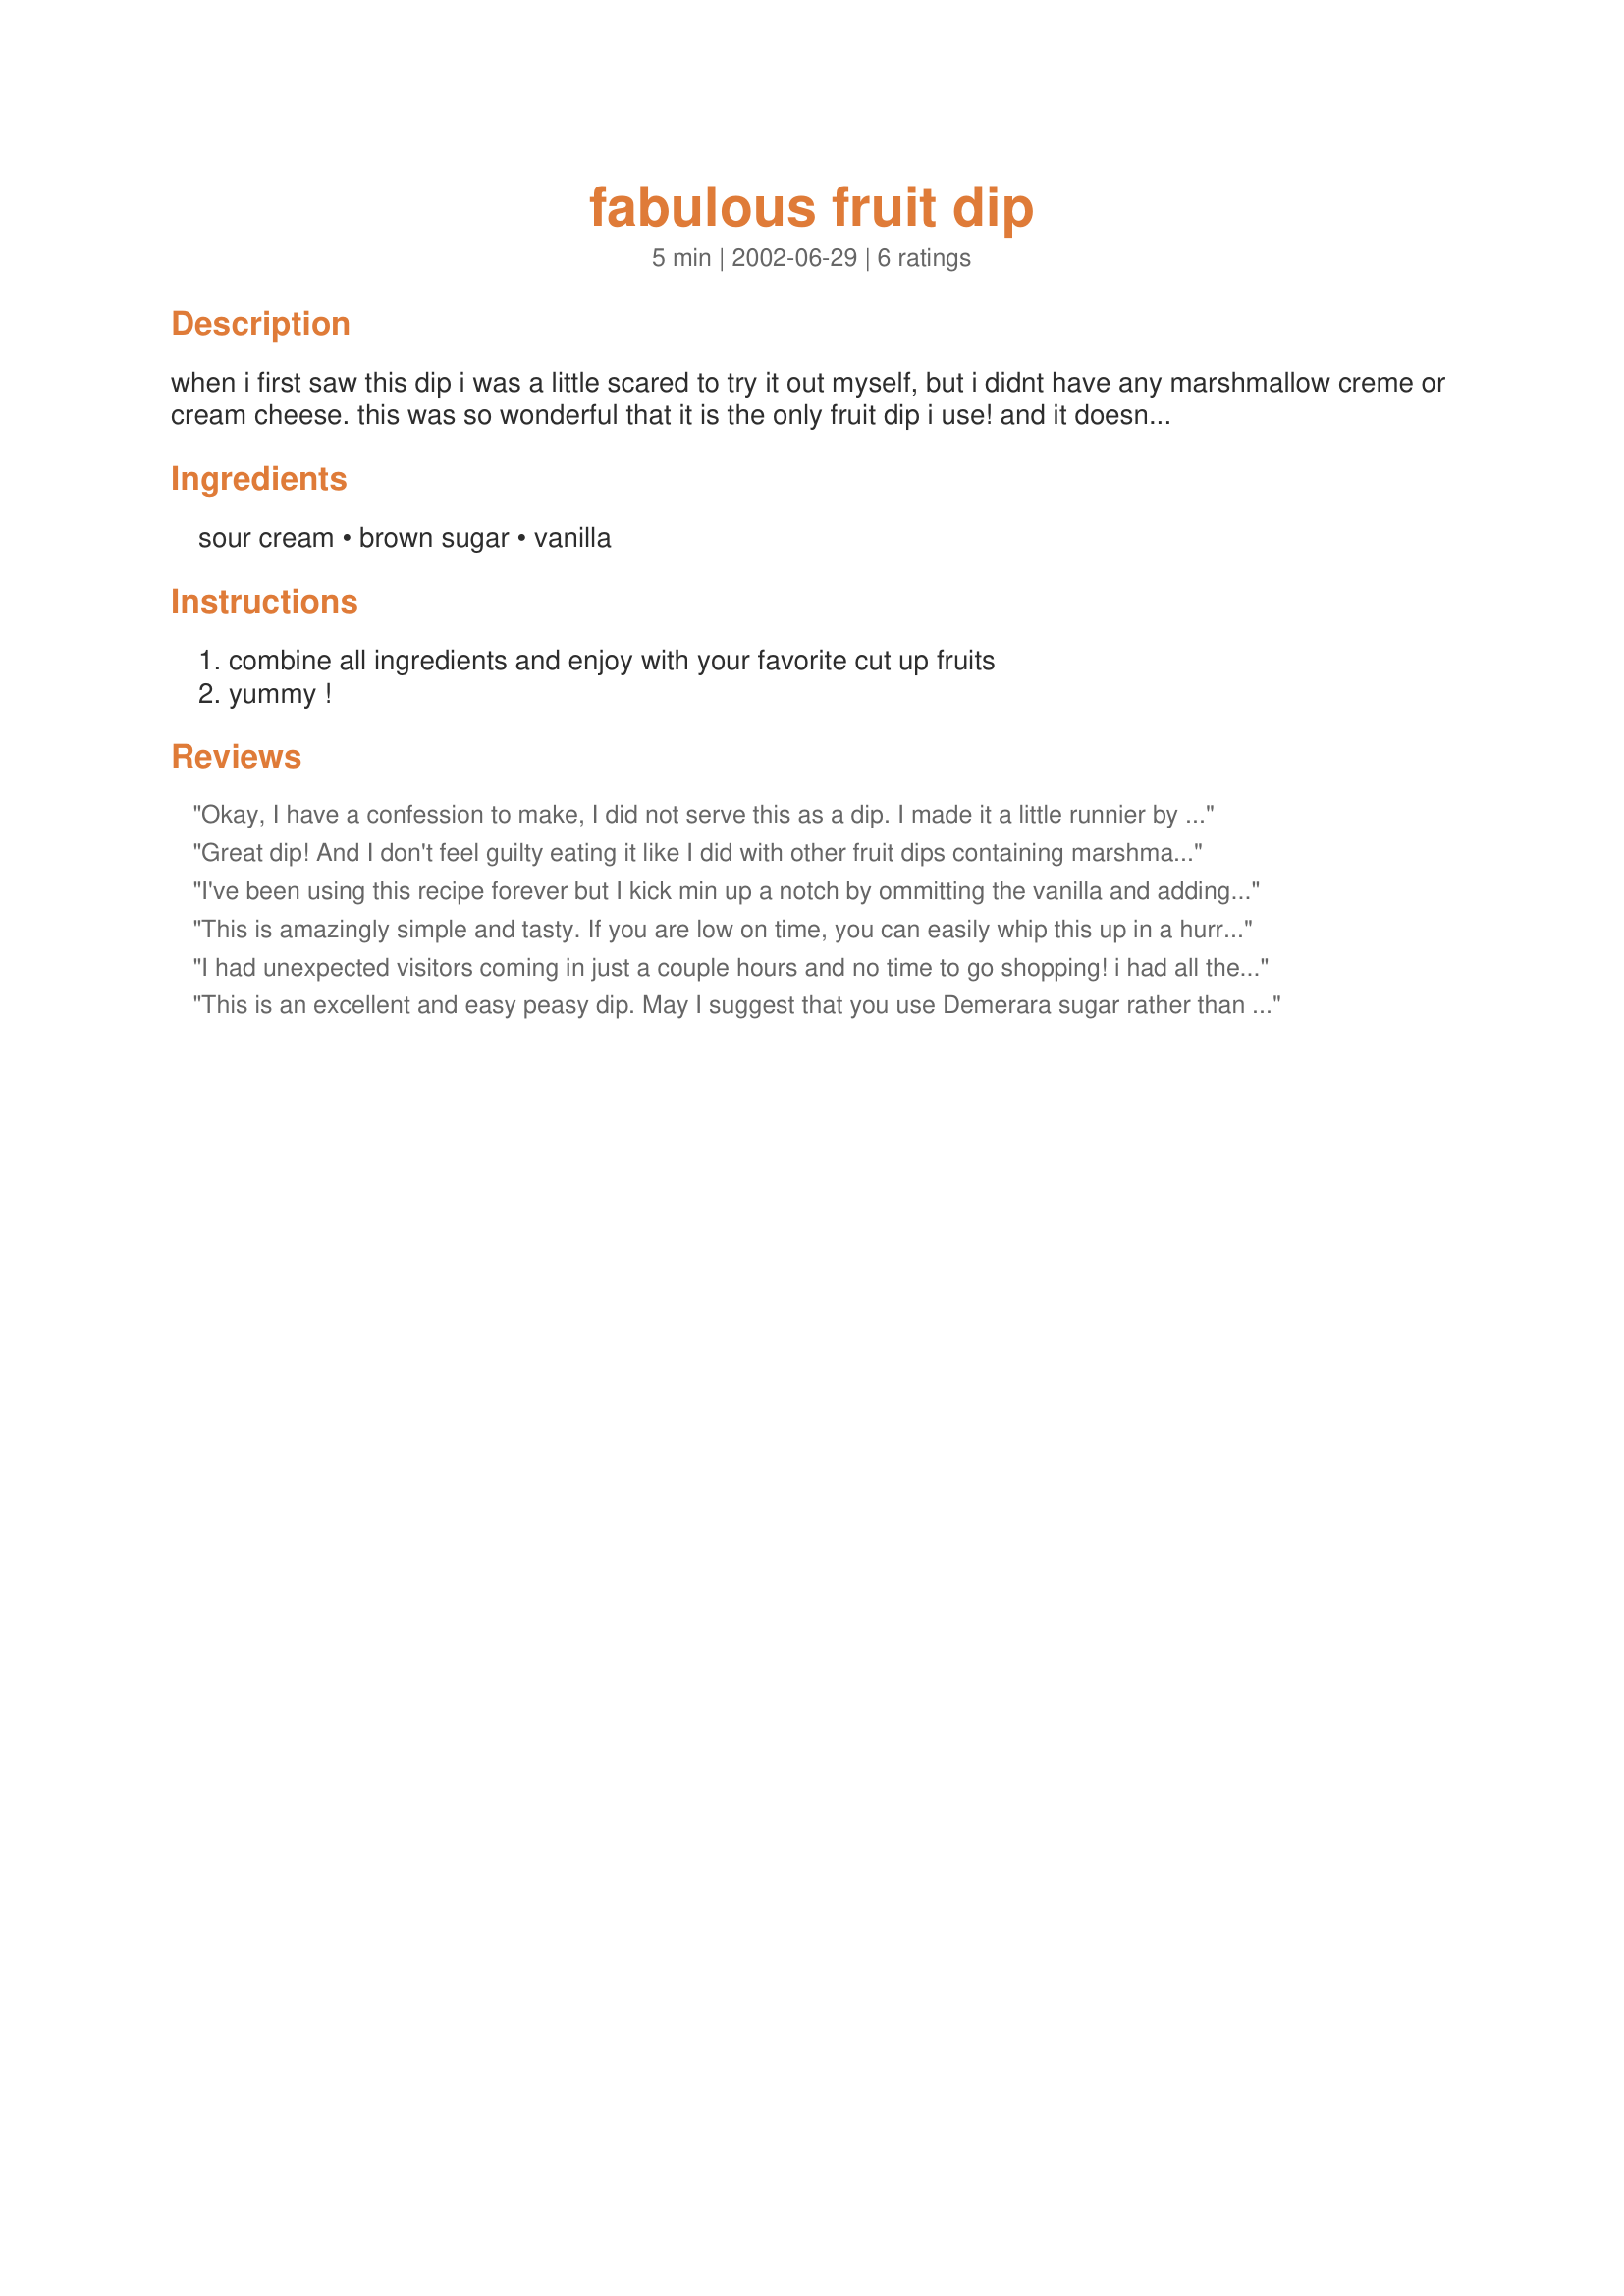
fabulous fruit dip
Preparation time: 5 minutes

when i first saw this dip i was a little scared to try it out myself, but i didnt have any marshmallow creme or cream cheese. this was so wonderful that it is the only fruit dip i use! and it doesnt cost as much!

Ingredients:
sour cream, brown sugar, vanilla

Steps:
combine all ingredients and enjoy with your favorite cut up fruits, yummy !

Reviews:
Okay, I have a confession to make, I did not serve this as a dip. I made it a little runnier by upping the vanilla to 1 teaspoon and added a teaspoon of honey, and I served this as a dressing over fruit salad. Wow, it's really intense, and great. Fruit salad was very simple, just some persimmons, apples and bananas, but this "dip" elevated that simple salad into a gourmet dessert! I can see myself making this constantly!
Great dip! And I don't feel guilty eating it like I did with other fruit dips containing marshmallow cream & full fat cream cheese! Yikes! This is now my new fruit dip! Out with the old, fattening dip and in with this healthier Faulous Fruit Dip! Thanks!
I've been using this recipe forever but I kick min up a notch by ommitting the vanilla and adding kahlua. Very yummy!!!
This is amazingly simple and tasty. If you are low on time, you can easily whip this up in a hurry. I've tried other dips that take much longer and dont taste nearly as good. Great job.
I had unexpected visitors coming in just a couple hours and no time to go shopping! i had all the ingredients and some peaches plums and grapes! this totally saved me!! thanks!!! also so yummy! i dont care for the cream cheese or marshmallow based dips .
This is an excellent and easy peasy dip. May I suggest that you use Demerara sugar rather than the regular golden brown - it does make a difference. Anyway, it is good to see such a simple and well received recipe in print.
